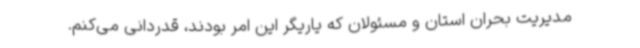
مدیریت بحران استان و مسئولان که یاریگر این امر بودند، قدردانی می‌کنم.